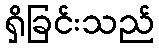
ရှိခြင်းသည်